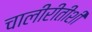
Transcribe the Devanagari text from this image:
चालीरीतींशी